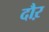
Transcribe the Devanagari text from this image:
दौऱ